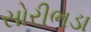
સોરીભડા